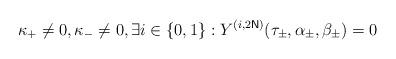
LaTeX: \begin{align*}\kappa _{+}\neq 0,\kappa _{-}\neq 0,\exists i\in \left\{0,1\right\} :Y^{(i,2\mathsf{N})}(\tau _{\pm },\alpha _{\pm },\beta_{\pm })=0 \end{align*}